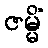
ဇမ္မိံ